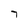
Character: 7